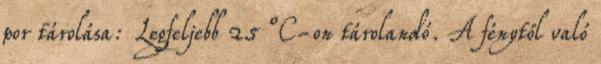
por tárolása: Legfeljebb 25 °C-on tárolandó. A fénytől való